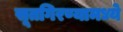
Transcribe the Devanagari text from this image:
सूतगिरण्यामध्ये